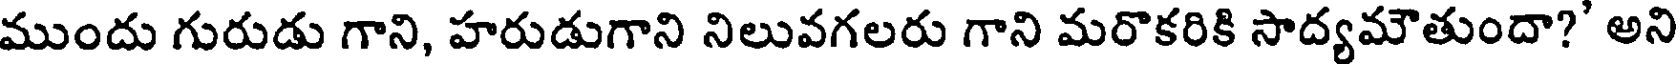
ముందు గురుడు గాని, హరుడుగాని నిలువగలరు గాని మరొకరికి సాద్యమౌతుందా?' అని